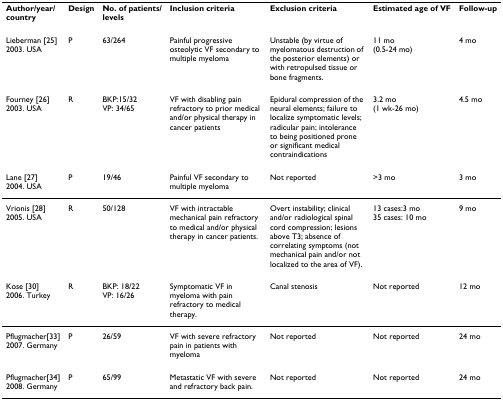
| Author/year/country | Design | No. of patients/levels | Inclusion criteria | Exclusion criteria | Estimated age of VF | Follow-up |
 | --- | --- | --- | --- | --- | --- | --- |
 | Lieberman [25]2003. USA | P | 63/264 | Painful progressive osteolytic VF secondary to multiple myeloma | Unstable (by virtue of myelomatous destruction of the posterior elements) or with retropulsed tissue or bone fragments. | 11 mo(0.5-24 mo) | 4 mo |
 | Fourney [26]2003. USA | R | BKP:15/32VP: 34/65 | VF with disabling pain refractory to prior medical and/or physical therapy in cancer patients | Epidural compression of the neural elements; failure to localize symptomatic levels; radicular pain; intolerance to being positioned prone or significant medical contraindications | 3.2 mo(1 wk-26 mo) | 4.5 mo |
 | Lane [27]2004. USA | P | 19/46 | Painful VF secondary to multiple myeloma | Not reported | >3 mo | 3 mo |
 | Vrionis [28]2005. USA | R | 50/128 | VF with intractable mechanical pain refractory to medical and/or physical therapy in cancer patients. | Overt instability; clinical and/or radiological spinal cord compression; lesions above T3; absence of correlating symptoms (not mechanical pain and/or not localized to the area of VF). | 13 cases:3 mo35 cases: 10 mo | 9 mo |
 | Kose [30]2006. Turkey | R | BKP: 18/22VP: 16/26 | Symptomatic VF in myeloma with pain refractory to medical therapy. | Canal stenosis | Not reported | 12 mo |
 | Pflugmacher[33]2007. Germany | P | 26/59 | VF with severe refractory pain in patients with myeloma | Not reported | Not reported | 24 mo |
 | Pflugmacher[34]2008. Germany | P | 65/99 | Metastatic VF with severe and refractory back pain. | Not reported | Not reported | 24 mo |